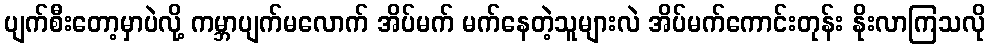
ပျက်စီးတော့မှာပဲလို့ ကမ္ဘာပျက်မလောက် အိပ်မက် မက်နေတဲ့သူများလဲ အိပ်မက်ကောင်းတုန်း နိုးလာကြသလို